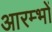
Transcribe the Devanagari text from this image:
आरम्भों